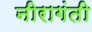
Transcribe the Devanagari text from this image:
नीरागंती